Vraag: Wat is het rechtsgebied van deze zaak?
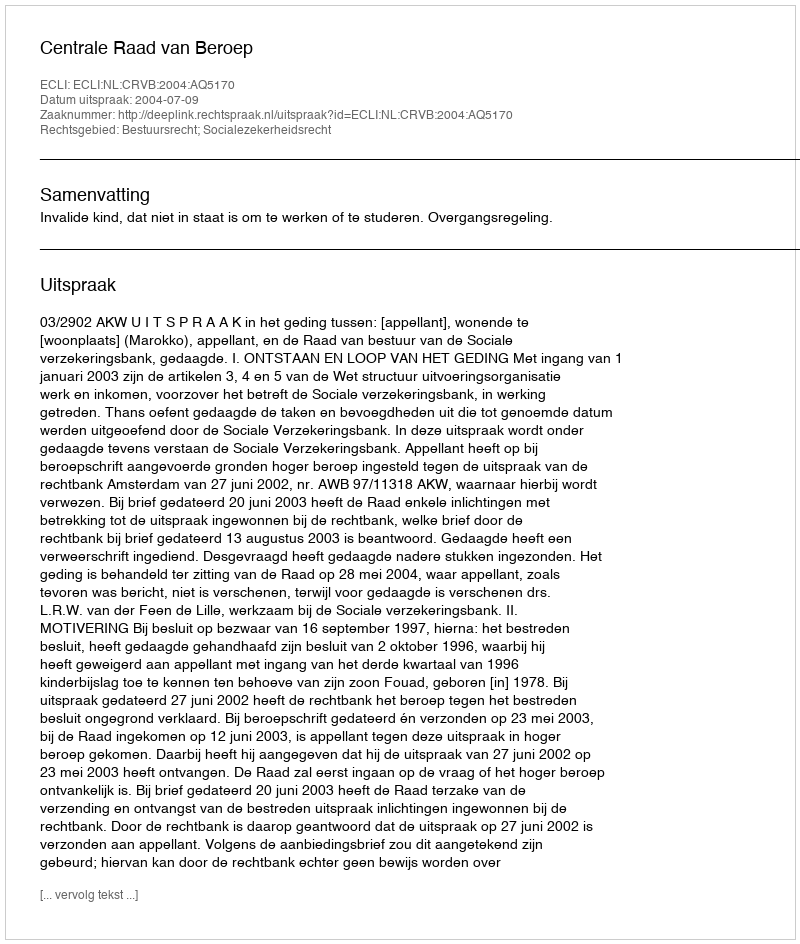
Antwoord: Bestuursrecht; Socialezekerheidsrecht